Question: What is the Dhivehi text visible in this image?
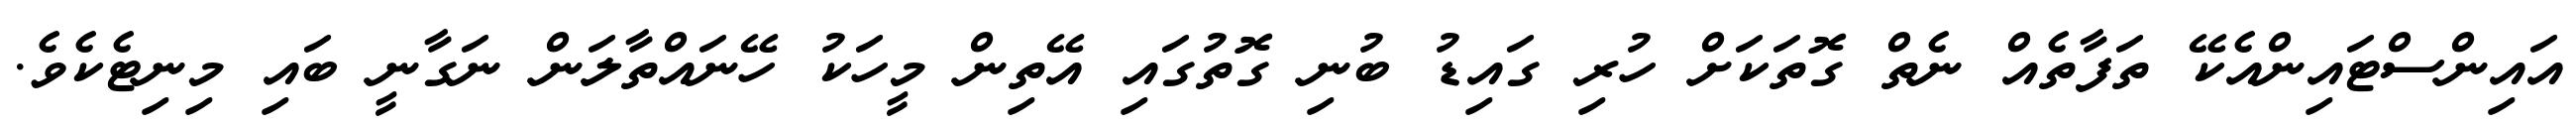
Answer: އައިންސްޓައިންއެކޭ ތަފާތެއް ނެތް ގޮތަކަށް ހުރި ގައިޑު ބުނި ގޮތުގައި އޭތިން މީހަކު ހޭނައްތާލަން ނަގާނީ ބައި މިނިޓެކެވެ.